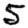
Digit: 5